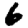
Digit: 6